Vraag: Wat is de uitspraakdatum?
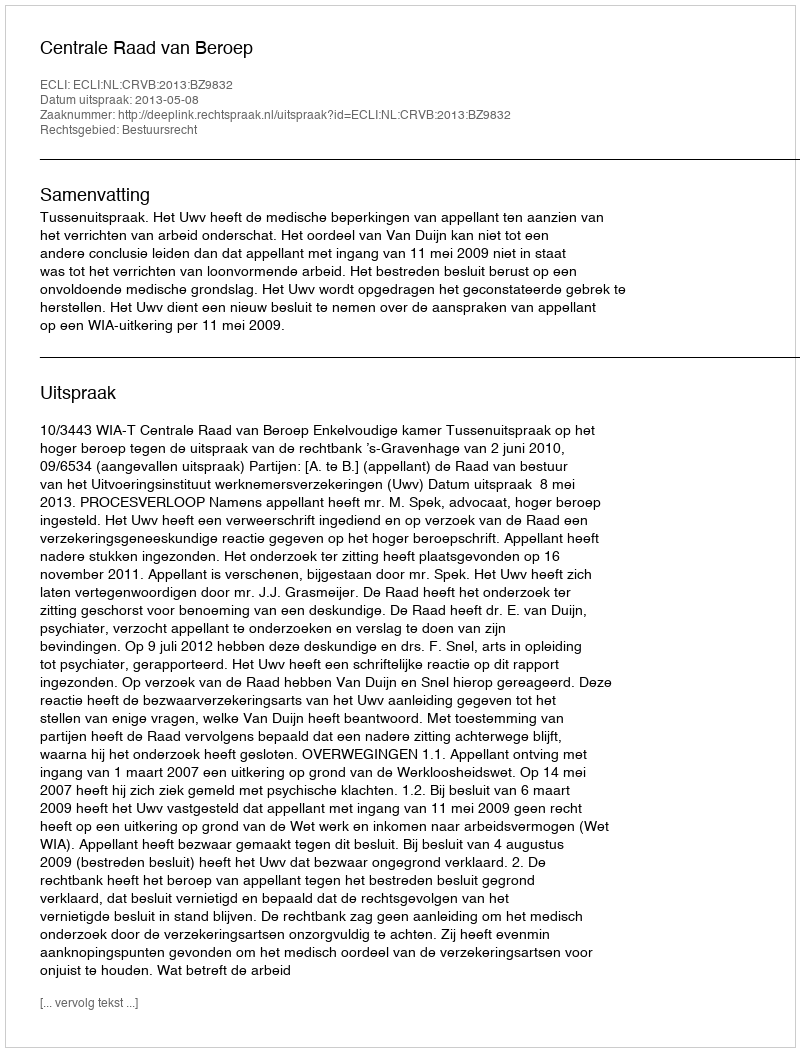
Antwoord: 2013-05-08